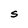
Character: S